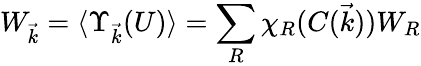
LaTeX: W_{\vec{k}}=\langle\Upsilon_{\vec{k}}(U)\rangle=\sum_{R}\chi_{R}(C(\vec{k}))W_{R}